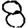
Digit: 8